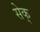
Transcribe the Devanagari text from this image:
सेक्